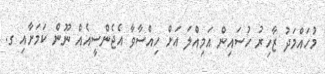
މުހައްމަދު ޒާހިރު ހުސައިން އަމިއްލަ އަށް ހިއްސާވާ އެޖެންސީއެއް ނޫން ކަމަށާއި ގ.